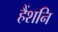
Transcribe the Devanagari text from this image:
हैंशनि